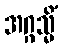
အဂ္ဂသ္မိံ